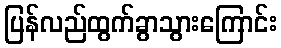
ပြန်လည်ထွက်ခွာသွားကြောင်း